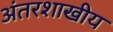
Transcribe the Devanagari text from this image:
अंतरशाखीय